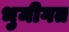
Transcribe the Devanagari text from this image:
भुमीगत